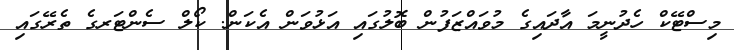
މިސްޓޭކް ހެދުނީމަ އާދައިގެ މުވައްޒަފުން ބޮލުގައި އަޅުވަން އެކަން. ކޯލް ސެންޓަރގެ ތެރޭގައި